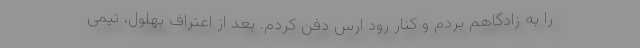
را به زادگاهم بردم و کنار رود ارس دفن کردم. بعد از اعتراف بهلول، ‌تیمی